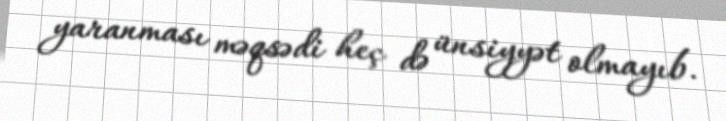
yaranması məqsədi heç də ünsiyyət olmayıb.